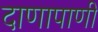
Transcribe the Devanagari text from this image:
दाणापाणी